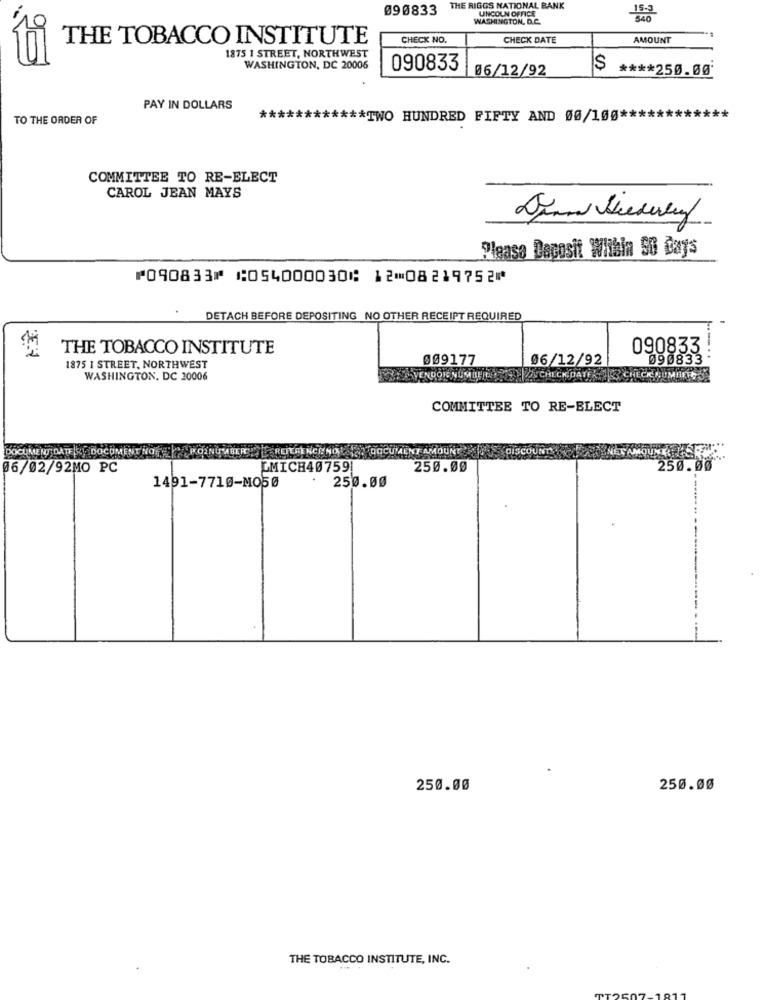
090833
THE RIGGS NATIONAL BANK
LINCOLN OFFICE
WASHINGTON, D.C.
15.3
THE TOBACCO INSTITUTE
CHECK NO.
CHECK DATE
AMOUNT
1875 1 STREET, NORTHWEST
WASHINGTON, DC 20006
090833
06/12/92
$
**** 250.00*
PAY IN DOLLARS
TO THE ORDER OF
**
***** TWO HUNDRED FIFTY AND 00/100 ***
COMMITTEE TO RE-ELECT
CAROL JEAN MAYS
Please Dacosit Within 50 Bays
⑈090833⑈ ⑆054000030⑆ 12⑉08219752⑈
DETACH BEFORE DEPOSITING NO OTHER RECEIPT REQUIRED
-
THE TOBACCO INSTITUTE
090833
009177
06/12/92
090833
1875 1 STREET, NORTHWEST
WASHINGTON, DC 20006
ENDORNUMBER
&CHECKDATE
TECK SUMIIKE SS
COMMITTEE TO RE-ELECT
DOCUMENT DATE & DOCUMENT NO POINUMBER " REITINCENO
ENT AMOU
06/02/92MO PC
PMICH40759!
250.00
250.
250.00
1491-7710-MO50
250.00
250.00
THE TOBACCO INSTITUTE, INC.